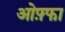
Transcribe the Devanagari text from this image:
ओफ़्फा